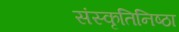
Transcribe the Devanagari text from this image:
संस्कृतिनिष्ठा